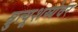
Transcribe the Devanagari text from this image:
म्रुत्यूशय्येवर